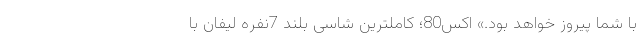
با شما پیروز خواهد بود.» اکس80؛ کاملترین شاسی بلند 7نفره لیفان با